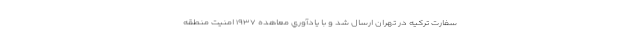
سفارت تركيه در تهران ارسال شد و با يادآوري معاهده ۱۹۳۷ امنيت منطقه